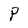
Character: P